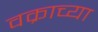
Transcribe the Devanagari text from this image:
वक्राच्या